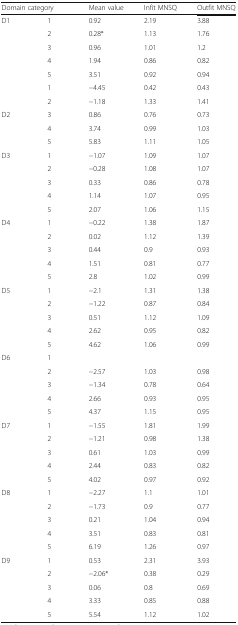
<table><thead><tr><td colspan="2"><b>Domain category</b></td><td><b>Mean value</b></td><td><b>Infit MNSQ</b></td><td><b>Outfit MNSQ</b></td></tr></thead><tbody><tr><td rowspan="5">D1</td><td>1</td><td>0.92</td><td>2.19</td><td>3.88</td></tr><tr><td>2</td><td>0.28*</td><td>1.13</td><td>1.76</td></tr><tr><td>3</td><td>0.96</td><td>1.01</td><td>1.2</td></tr><tr><td>4</td><td>1.94</td><td>0.86</td><td>0.82</td></tr><tr><td>5</td><td>3.51</td><td>0.92</td><td>0.94</td></tr><tr><td></td><td>1</td><td>−4.45</td><td>0.42</td><td>0.43</td></tr><tr><td></td><td>2</td><td>−1.18</td><td>1.33</td><td>1.41</td></tr><tr><td>D2</td><td>3</td><td>0.86</td><td>0.76</td><td>0.73</td></tr><tr><td></td><td>4</td><td>3.74</td><td>0.99</td><td>1.03</td></tr><tr><td></td><td>5</td><td>5.83</td><td>1.11</td><td>1.05</td></tr><tr><td rowspan="5">D3</td><td>1</td><td>−1.07</td><td>1.09</td><td>1.07</td></tr><tr><td>2</td><td>−0.28</td><td>1.08</td><td>1.07</td></tr><tr><td>3</td><td>0.33</td><td>0.86</td><td>0.78</td></tr><tr><td>4</td><td>1.14</td><td>1.07</td><td>0.95</td></tr><tr><td>5</td><td>2.07</td><td>1.06</td><td>1.15</td></tr><tr><td rowspan="5">D4</td><td>1</td><td>−0.22</td><td>1.38</td><td>1.87</td></tr><tr><td>2</td><td>0.02</td><td>1.12</td><td>1.39</td></tr><tr><td>3</td><td>0.44</td><td>0.9</td><td>0.93</td></tr><tr><td>4</td><td>1.51</td><td>0.81</td><td>0.77</td></tr><tr><td>5</td><td>2.8</td><td>1.02</td><td>0.99</td></tr><tr><td rowspan="5">D5</td><td>1</td><td>−2.1</td><td>1.31</td><td>1.38</td></tr><tr><td>2</td><td>−1.22</td><td>0.87</td><td>0.84</td></tr><tr><td>3</td><td>0.51</td><td>1.12</td><td>1.09</td></tr><tr><td>4</td><td>2.62</td><td>0.95</td><td>0.82</td></tr><tr><td>5</td><td>4.62</td><td>1.06</td><td>0.99</td></tr><tr><td rowspan="5">D6</td><td>1</td><td></td><td></td><td></td></tr><tr><td>2</td><td>−2.57</td><td>1.03</td><td>0.98</td></tr><tr><td>3</td><td>−1.34</td><td>0.78</td><td>0.64</td></tr><tr><td>4</td><td>2.66</td><td>0.93</td><td>0.95</td></tr><tr><td>5</td><td>4.37</td><td>1.15</td><td>0.95</td></tr><tr><td rowspan="5">D7</td><td>1</td><td>−1.55</td><td>1.81</td><td>1.99</td></tr><tr><td>2</td><td>−1.21</td><td>0.98</td><td>1.38</td></tr><tr><td>3</td><td>0.61</td><td>1.03</td><td>0.99</td></tr><tr><td>4</td><td>2.44</td><td>0.83</td><td>0.82</td></tr><tr><td>5</td><td>4.02</td><td>0.97</td><td>0.92</td></tr><tr><td rowspan="5">D8</td><td>1</td><td>−2.27</td><td>1.1</td><td>1.01</td></tr><tr><td>2</td><td>−1.73</td><td>0.9</td><td>0.77</td></tr><tr><td>3</td><td>0.21</td><td>1.04</td><td>0.94</td></tr><tr><td>4</td><td>3.51</td><td>0.83</td><td>0.81</td></tr><tr><td>5</td><td>6.19</td><td>1.26</td><td>0.97</td></tr><tr><td rowspan="5">D9</td><td>1</td><td>0.53</td><td>2.31</td><td>3.93</td></tr><tr><td>2</td><td>−2.06*</td><td>0.38</td><td>0.29</td></tr><tr><td>3</td><td>0.06</td><td>0.8</td><td>0.69</td></tr><tr><td>4</td><td>3.33</td><td>0.85</td><td>0.88</td></tr><tr><td>5</td><td>5.54</td><td>1.12</td><td>1.02</td></tr></tbody></table>